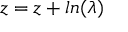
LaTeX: z = z + l n ( \lambda )